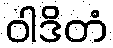
ဝါဒိတံ